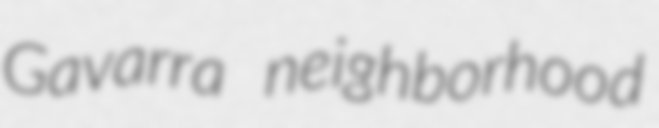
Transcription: Gavarra neighborhood